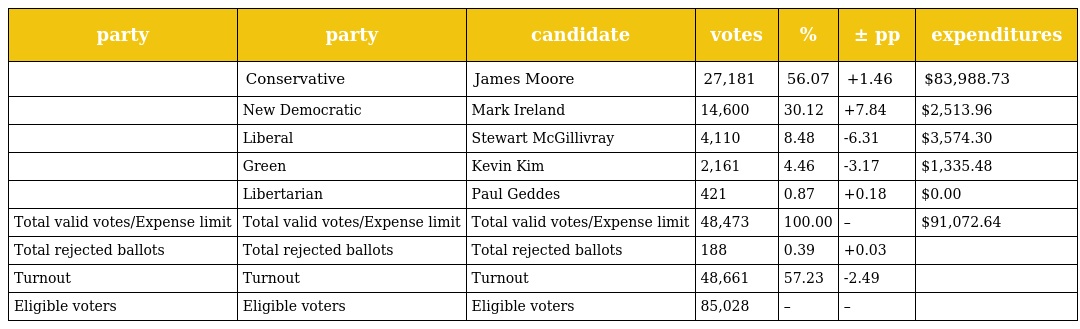
| party | party | candidate | votes | % | ± pp | expenditures |
 | --- | --- | --- | --- | --- | --- | --- |
 |  | Conservative | James Moore | 27,181 | 56.07 | +1.46 | $83,988.73 |
 |  | New Democratic | Mark Ireland | 14,600 | 30.12 | +7.84 | $2,513.96 |
 |  | Liberal | Stewart McGillivray | 4,110 | 8.48 | -6.31 | $3,574.30 |
 |  | Green | Kevin Kim | 2,161 | 4.46 | -3.17 | $1,335.48 |
 |  | Libertarian | Paul Geddes | 421 | 0.87 | +0.18 | $0.00 |
 | Total valid votes/Expense limit | Total valid votes/Expense limit | Total valid votes/Expense limit | 48,473 | 100.00 | – | $91,072.64 |
 | Total rejected ballots | Total rejected ballots | Total rejected ballots | 188 | 0.39 | +0.03 |  |
 | Turnout | Turnout | Turnout | 48,661 | 57.23 | -2.49 |  |
 | Eligible voters | Eligible voters | Eligible voters | 85,028 | – | – |  |